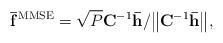
LaTeX: \begin{align*} {{\bf{\bar f}}^{{\rm{MMSE}}}} = \sqrt P {{{\bf{C}}^{ - 1}}{\bf{\bar h}}}/{\left\| {{{\bf{C}}^{ - 1}}{\bf{\bar h}}} \right\|}, \end{align*}